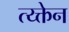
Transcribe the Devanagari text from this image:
त्य्क्तेन